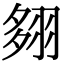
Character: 翗